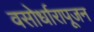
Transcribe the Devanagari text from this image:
वसोर्धारापूजन